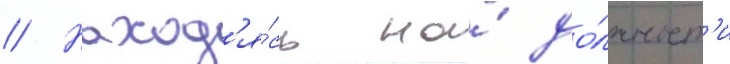
// Наход'я́сь на́ до́лжност'и